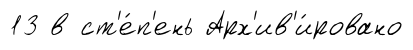
13 в ст'е́п'ень Арх'ив'и́ровано